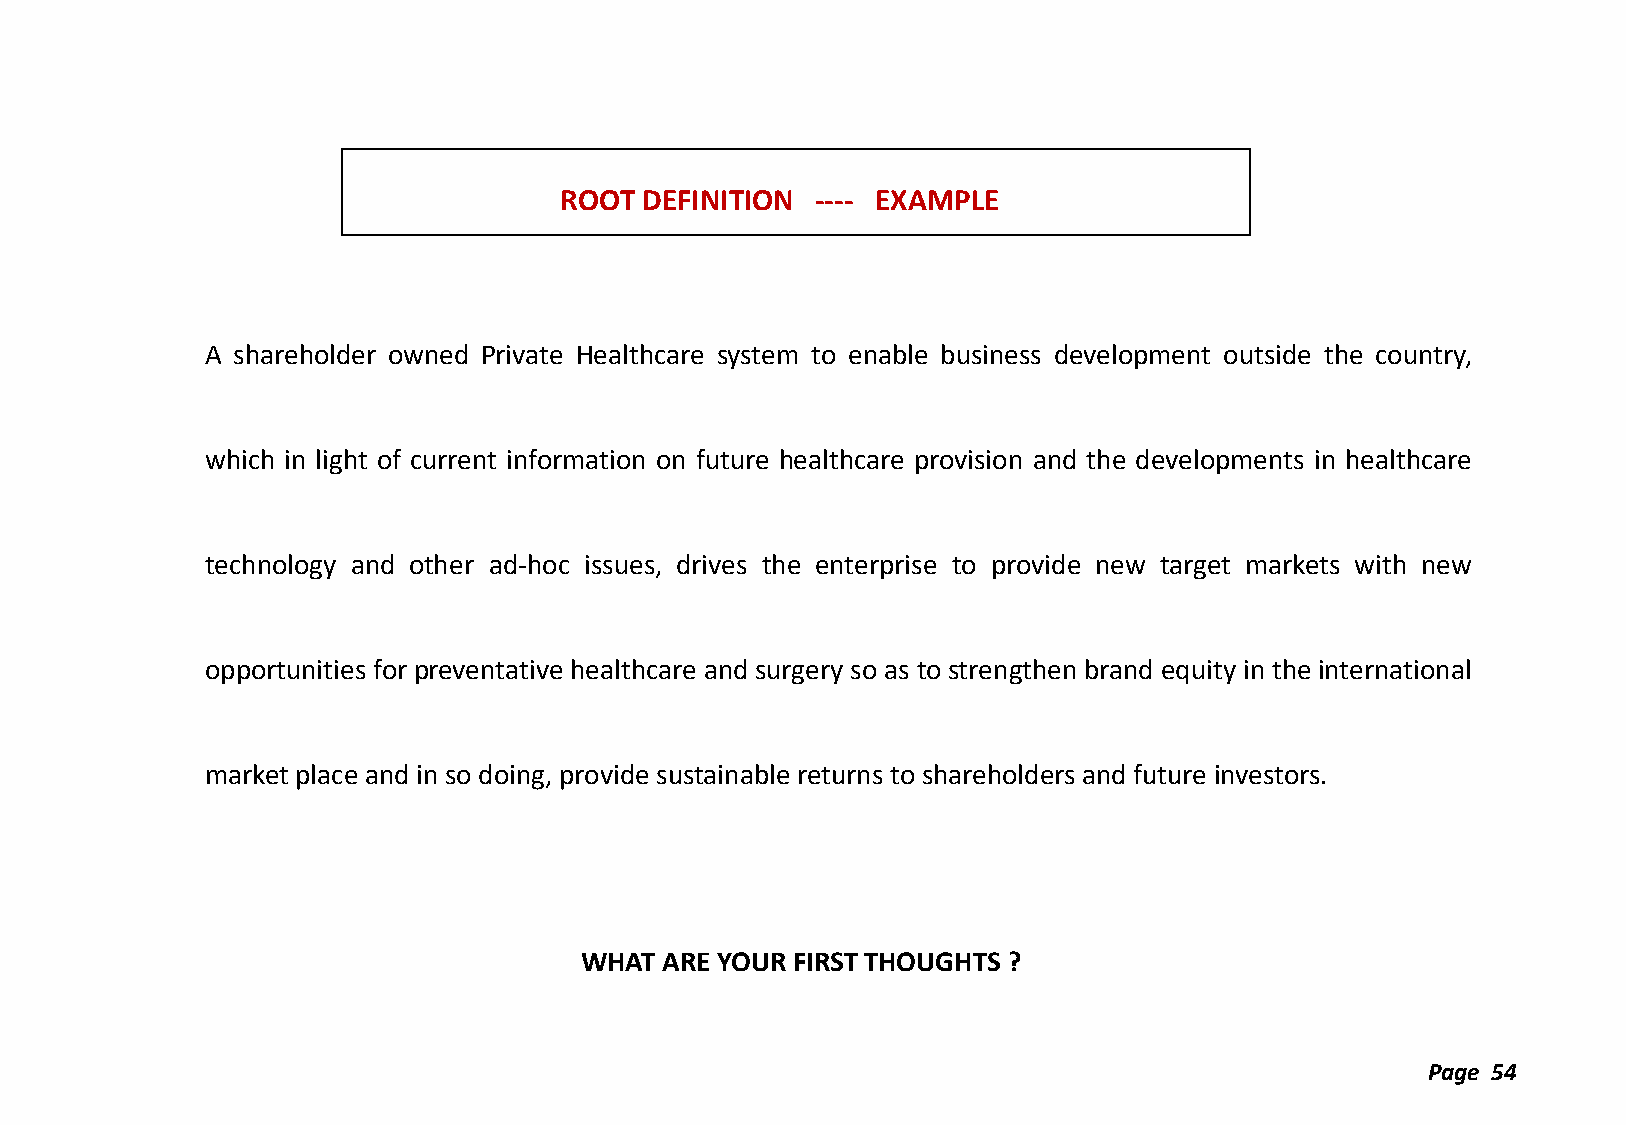
ROOT DEFINITION  ---- EXAMPLE
 A shareholder owned Private Healthcare system to enable business development outside the country,
 which in light of current information on future healthcare provision and the developments in healthcare
 technology and other ad-hoc issues, drives the enterprise to provide new target markets with new
 opportunities for preventative healthcare and surgery so as to strengthen brand equity in the international
 market place and in so doing, provide sustainable returns to shareholders and future investors.
 WHAT  ARE YOUR FIRST THOUGHTS ?
 Page 54